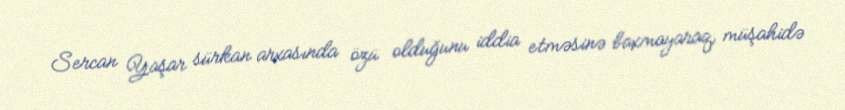
Sercan Yaşar sürkan arxasında özü olduğunu iddia etməsinə baxmayaraq, müşahidə